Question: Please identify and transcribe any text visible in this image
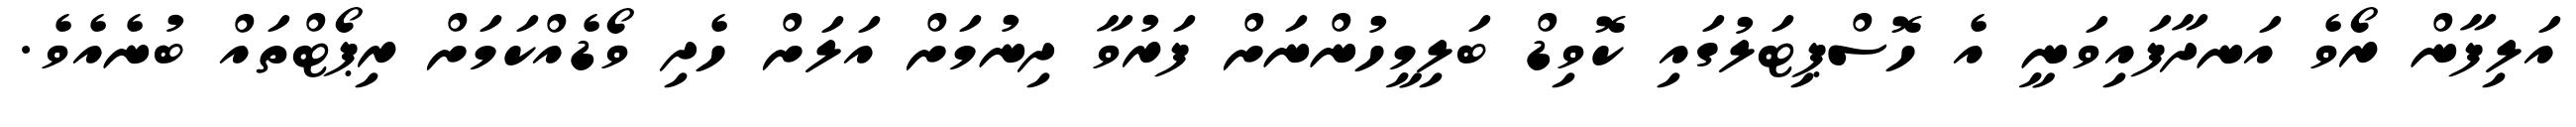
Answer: އަލިފާން ރޯވެ އަނދާފައިވަނީ އެ ހޮސްޕިޓަލުގައި ކޮވިޑް ބަލިމީހުންނަށް ފަރުވާ ދިނުމަށް އަލަށް ހެދި ވޯޑެއްކަމަށް ރިޕޯޓްތައް ބުނެއެވެ.